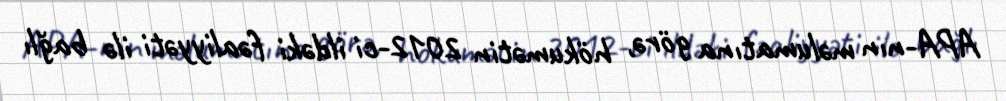
APA-nın məlumatına görə, hökumətin 2012-ci ildəki fəaliyyəti ilə bağlı